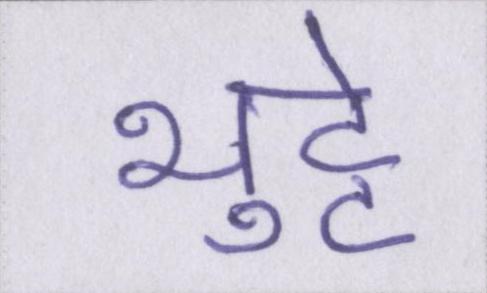
भुट्टे